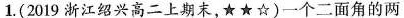
1.(2019浙江绍兴高二上期末，★★☆)一个二面角的两